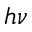
h \nu